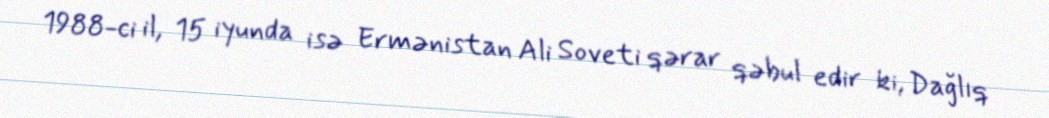
1988-ci il, 15 iyunda isə Ermənistan Ali Soveti qərar qəbul edir ki, Dağlıq